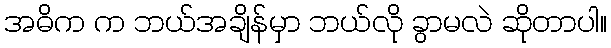
အဓိက က ဘယ်အချိန်မှာ ဘယ်လို ခွာမလဲ ဆိုတာပါ။